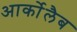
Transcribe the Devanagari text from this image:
आर्कोलैब